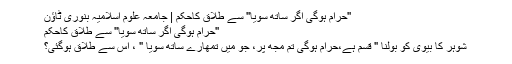
''حرام ہوگی اگر ساتھ سویا'' سے طلاق کاحکم | جامعہ علوم اسلامیہ بنوری ٹاؤن
''حرام ہوگی اگر ساتھ سویا'' سے طلاق کاحکم
شوہر کا بیوی کو بولنا " قسم ہے،حرام ہوگی تم مجھ پر، جو میں تمھارے ساتھ سویا " ، اس سے طلاق ہوگئی؟